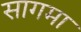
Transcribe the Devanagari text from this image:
सागमा